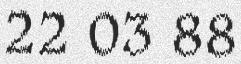
22 03 88